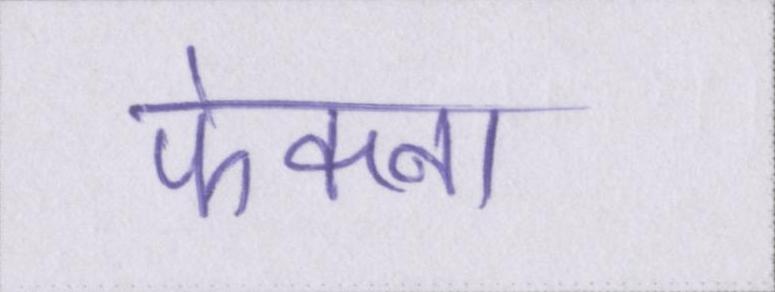
फेकना